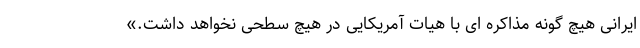
ایرانی هیچ گونه مذاکره ای با هیات آمریکایی در هیچ سطحی نخواهد داشت.»